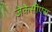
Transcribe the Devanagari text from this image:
जेकेसीएस